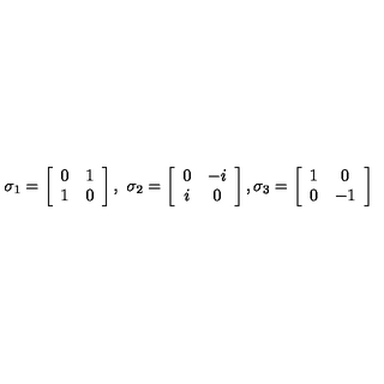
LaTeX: \sigma _ { 1 } = \left[ \begin{array} { c c } { 0 } & { 1 } \\ { 1 } & { 0 } \\ \end{array} \right] , \ \sigma _ { 2 } = \left[ \begin{array} { c c } { 0 } & { - i } \\ { i } & { 0 } \\ \end{array} \right] , \sigma _ { 3 } = \left[ \begin{array} { c c } { 1 } & { 0 } \\ { 0 } & { - 1 } \\ \end{array} \right]